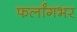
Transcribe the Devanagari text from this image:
फर्लांगभर